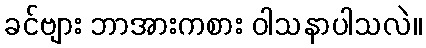
ခင်ဗျား ဘာအားကစား ဝါသနာပါသလဲ။